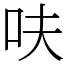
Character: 呋